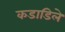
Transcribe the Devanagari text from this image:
कडाडिले